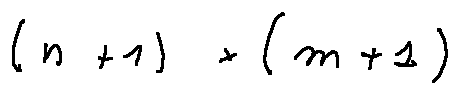
( n + 1 ) \times ( m + 1 )